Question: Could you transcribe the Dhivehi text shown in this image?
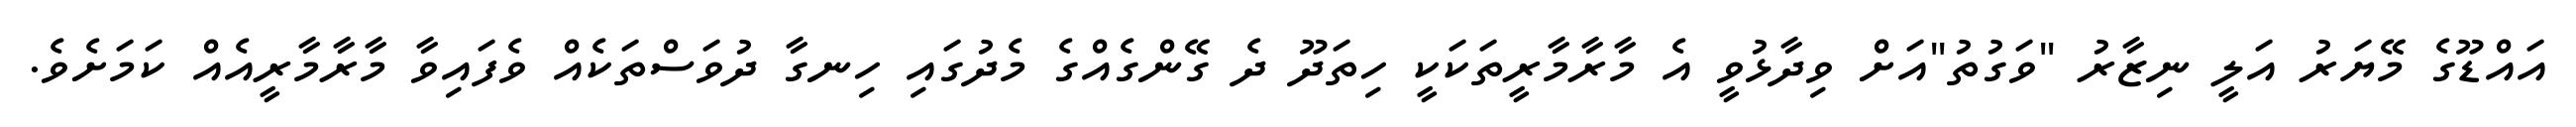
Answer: އައްޑޫގެ މޭޔަރު އަލީ ނިޒާރު "ވަގުތު"އަށް ވިދާޅުވީ އެ މާރާމާރީތަކަކީ ހިތަދޫ ދެ ގޭންގެއްގެ މެދުގައި ހިނގާ ދުވަސްތަކެއް ވެފައިވާ މާރާމާރީއެއް ކަމަށެވެ.